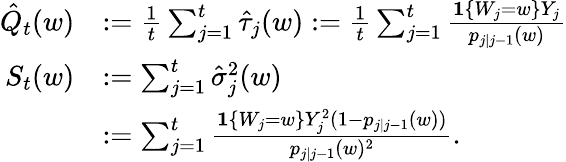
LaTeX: \begin{array}{rl}{\hat{Q}_{t}(w)}&{:=\frac{1}{t}\sum_{j=1}^{t}\hat{\tau}_{j}(w):=\frac{1}{t}\sum_{j=1}^{t}\frac{\mathbf{1}\{ W_{j}=w\} Y_{j}}{p_{j\mid j-1}(w)}}\\ {S_{t}(w)}&{:=\sum_{j=1}^{t}\hat{\sigma}_{j}^{2}(w)}\\ &{:=\sum_{j=1}^{t}\frac{\mathbf{1}\{ W_{j}=w\} Y_{j}^{2}(1-p_{j\mid j-1}(w))}{p_{j\mid j-1}(w)^{2}}.}\end{array}